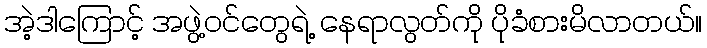
အဲ့ဒါကြောင့် အဖွဲ့ဝင်တွေရဲ့ နေရာလွတ်ကို ပိုခံစားမိလာတယ်။